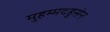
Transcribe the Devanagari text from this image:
मुहम्मदहुसेन